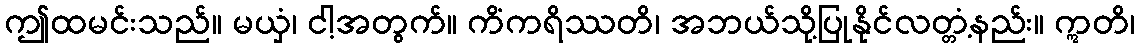
ဤထမင်းသည်။ မယှံ၊ ငါ့အတွက်။ ကိံကရိဿတိ၊ အဘယ်သို့ပြုနိုင်လတ္တံ့နည်း။ ဣတိ၊